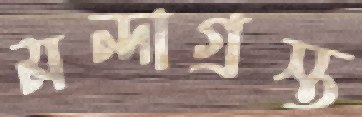
মন্দাগ্রস্ত